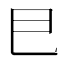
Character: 𢀳